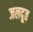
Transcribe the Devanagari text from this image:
जलदूत